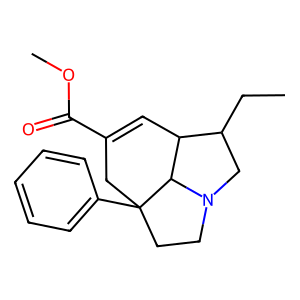
SMILES: CCC1CN2CCC3(c4ccccc4)CC(C(=O)OC)=CC1C23
Inhibits HIV replication: No